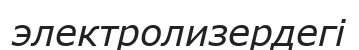
электролизердегі